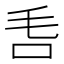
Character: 𣬧